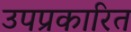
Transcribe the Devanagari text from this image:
उपप्रकारित